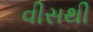
વીસથી